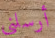
أرسلني